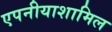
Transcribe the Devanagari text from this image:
एपनीयाशामिल